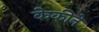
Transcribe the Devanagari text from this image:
केकीने